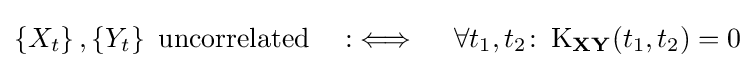
\left\{X_{t}\right\},\left\{Y_{t}\right\}{\text{ uncorrelated}}\quad :\iff \quad \forall t_{1},t_{2}\colon \operatorname {K} _{\mathbf {X} \mathbf {Y} }(t_{1},t_{2})=0